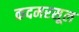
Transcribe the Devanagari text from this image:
कदमरसूल